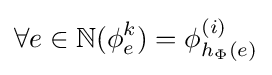
\forall e\in \mathbb {N} (\phi _{e}^{k})=\phi _{h_{\Phi }(e)}^{(i)}